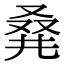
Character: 𠭌